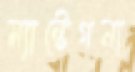
ম্যান্টেগনা